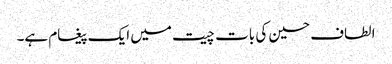
الطاف حسین کی بات چیت میں ایک پیغام ہے۔